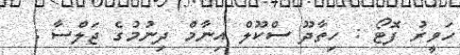
ހަވީރު ފޮޓޯ : ހިތާދޫ ސްކޫލް އިނާމް ދިނުމުގެ ޖަލްސާ :